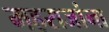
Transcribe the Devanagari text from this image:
महराजांना